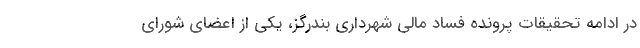
در ادامه تحقیقات پرونده فساد مالی شهرداری بندرگز، یکی از اعضای شورای